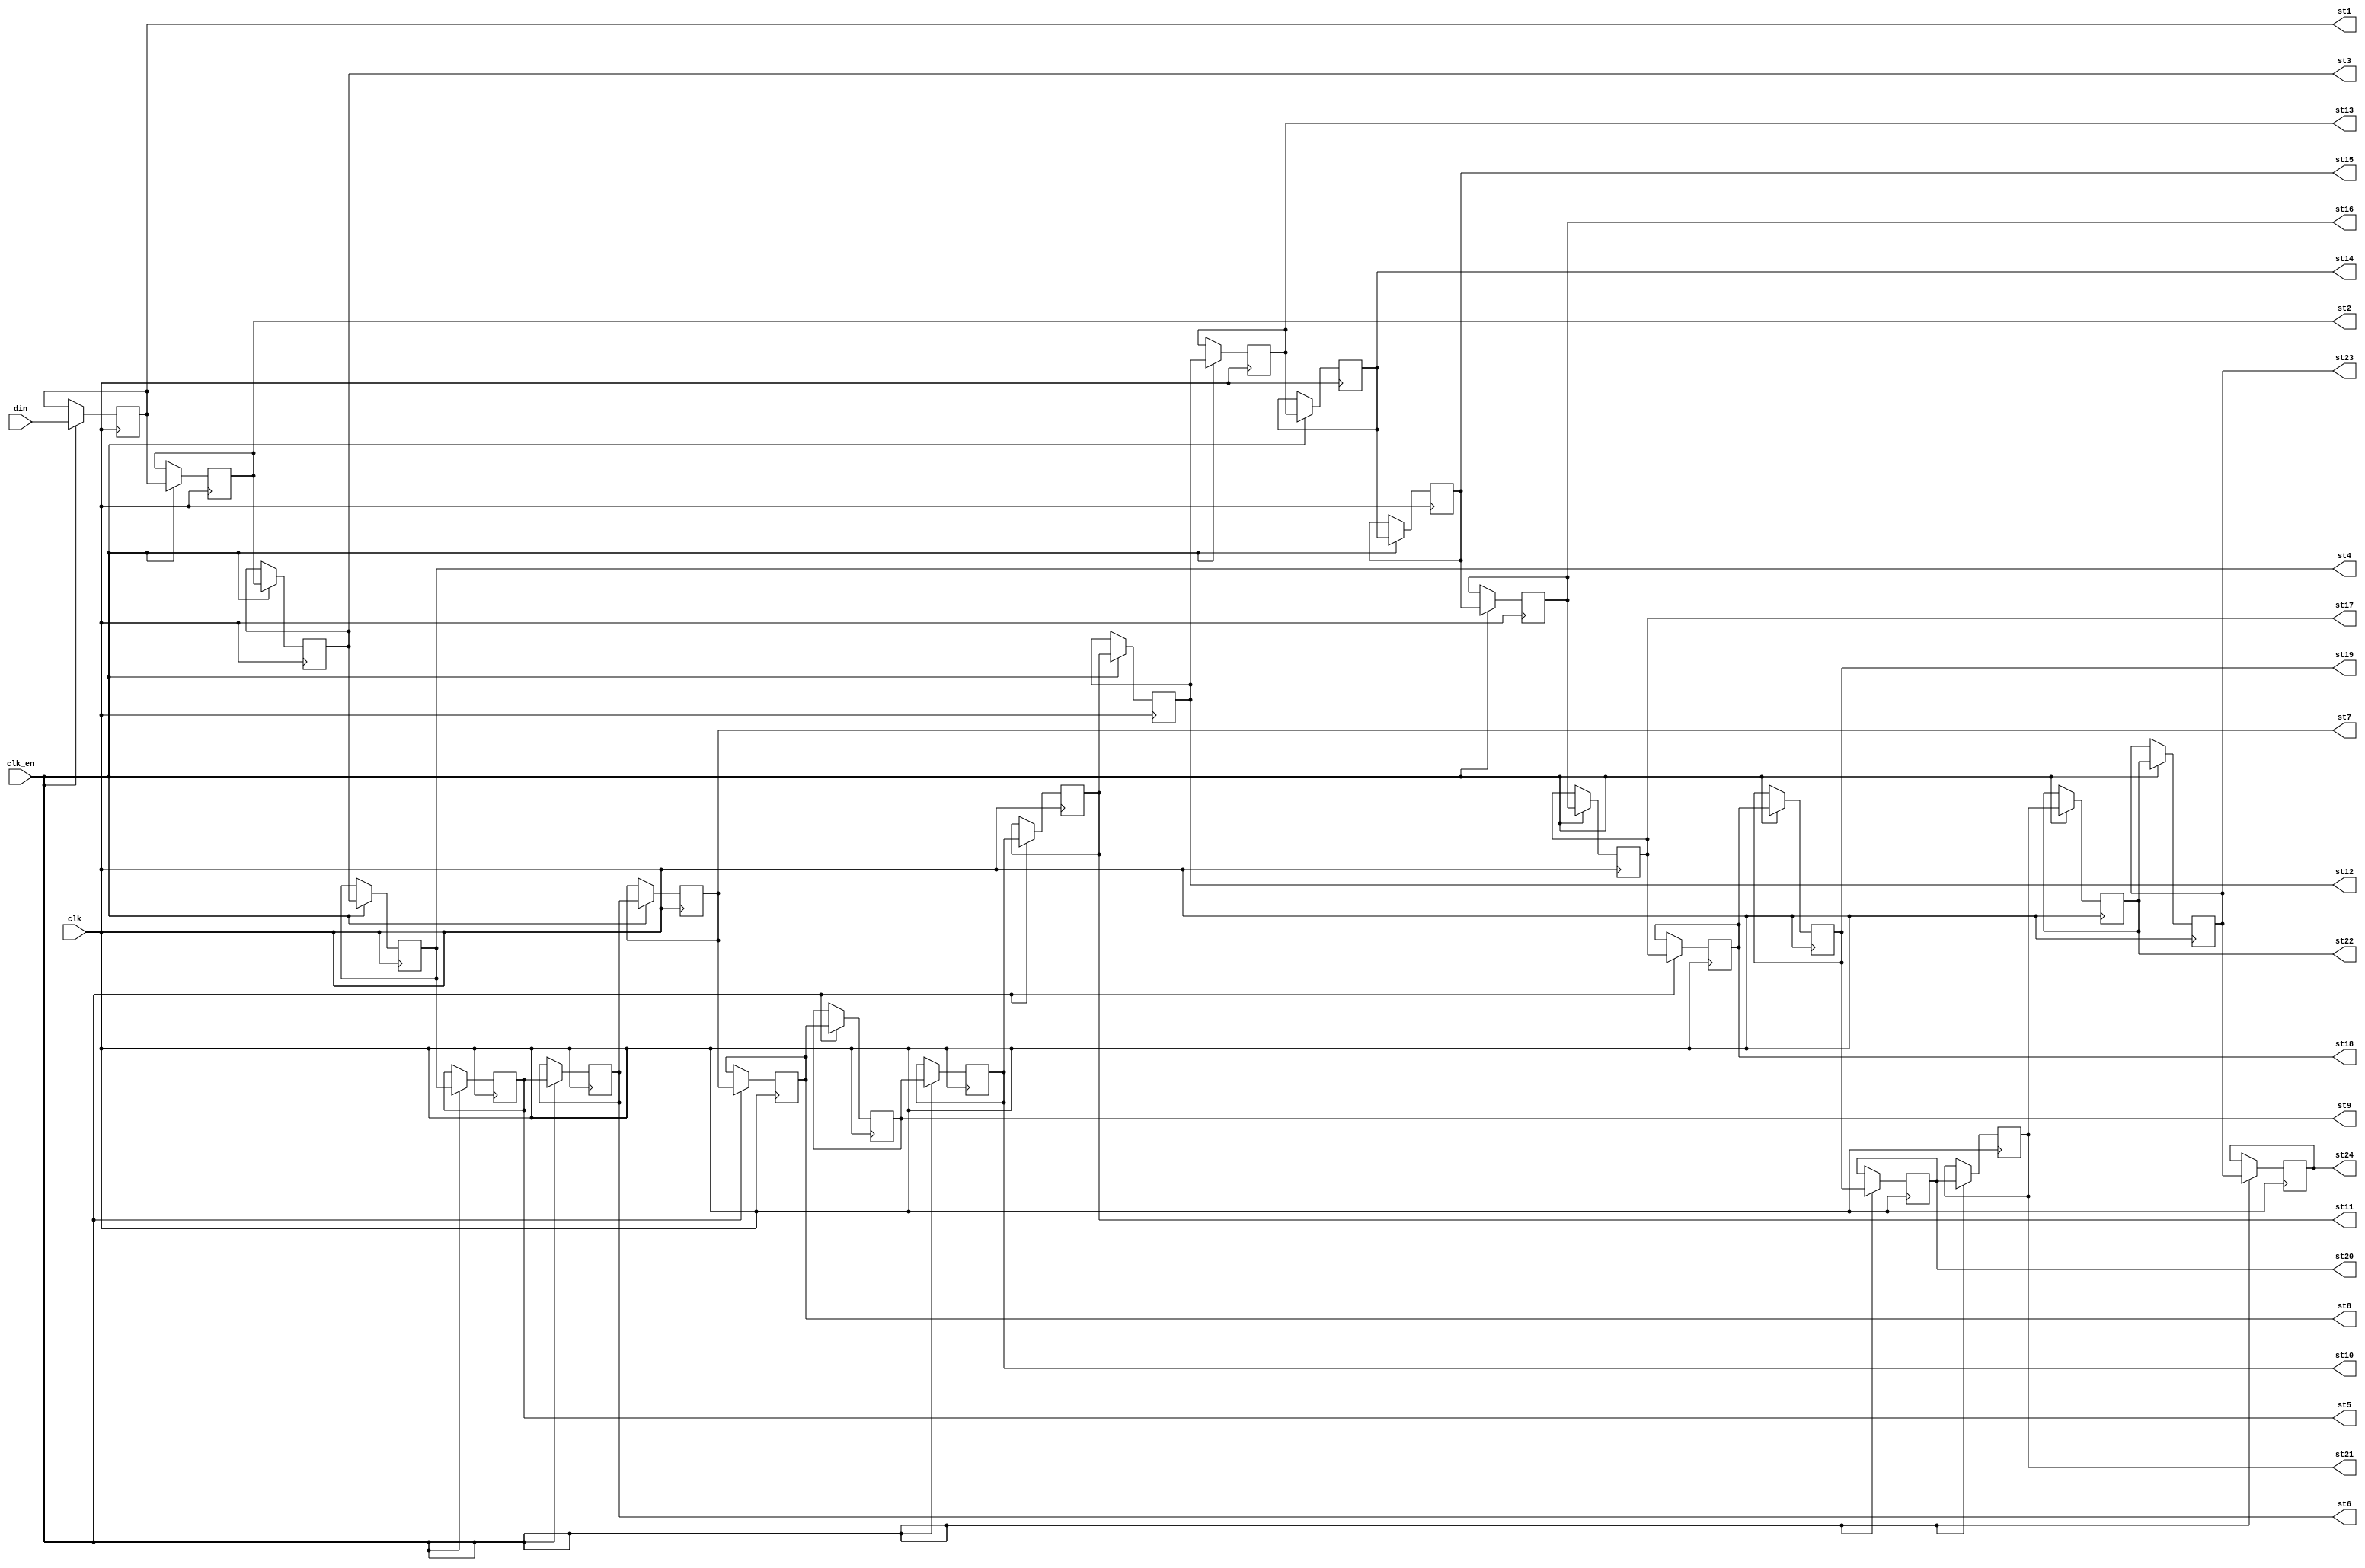
module jt12_sh24 #(parameter width=5 )
(
  input 	clk,
  input   clk_en /* synthesis direct_enable */,  
  input		[width-1:0]	din,
 	output reg [width-1:0]	st1,
 	output reg [width-1:0]	st2,
 	output reg [width-1:0]	st3,
 	output reg [width-1:0]	st4,
 	output reg [width-1:0]	st5,
 	output reg [width-1:0]	st6,
 	output reg [width-1:0]	st7,
 	output reg [width-1:0]	st8,
 	output reg [width-1:0]	st9,
 	output reg [width-1:0]	st10,
 	output reg [width-1:0]	st11,
 	output reg [width-1:0]	st12,
 	output reg [width-1:0]	st13,
 	output reg [width-1:0]	st14,
 	output reg [width-1:0]	st15,
 	output reg [width-1:0]	st16,
 	output reg [width-1:0]	st17,
 	output reg [width-1:0]	st18,
 	output reg [width-1:0]	st19,
 	output reg [width-1:0]	st20,
 	output reg [width-1:0]	st21,
 	output reg [width-1:0]	st22,
 	output reg [width-1:0]	st23,
 	output reg [width-1:0]	st24
);

always @(posedge clk) if(clk_en) begin
	st24<= st23;
	st23<= st22;
	st22<= st21;
	st21<= st20;
	st20<= st19;
	st19<= st18;
	st18<= st17;
	st17<= st16;
	st16<= st15;
	st15<= st14;
	st14<= st13;
	st13<= st12;
	st12<= st11;
	st11<= st10;
	st10<= st9;
	st9 <= st8;
	st8 <= st7;
	st7 <= st6;
	st6 <= st5;
	st5 <= st4;
	st4 <= st3;
	st3 <= st2;
	st2 <= st1;
	st1 <= din;
end

endmodule